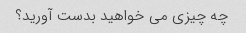
چه چیزی می خواهید بدست آورید؟